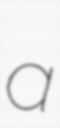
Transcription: a